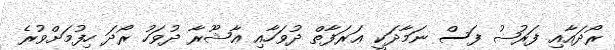
ރޯދައާއި ފަރުޟު ފަސް ނަމާދަކީ ޢަރަފާތް ދުވަހާއި ޢާޝޫރާ ދުވަހު ރޯދަ ހިފުމަށްވުރެ